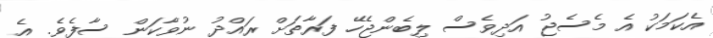
އެކަމަކު އެ މެސެޖު އަދިވެސް ލިބެންޖެހޭ ފަރާތަށް ރައްދު ނުވާކަން ސާފެވެ. އެ